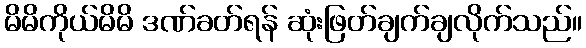
မိမိကိုယ်မိမိ ဒဏ်ခတ်ရန် ဆုံးဖြတ်ချက်ချလိုက်သည်။